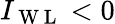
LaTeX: I_{\mathrm{~W~L~}}<0